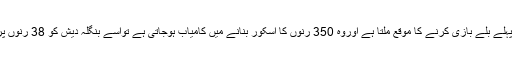
پاکستانی ٹیم کواگرپہلے بلے بازی کرنے کا موقع ملتا ہے اوروہ 350 رنوں کا اسکور بنانے میں کامیاب ہوجاتی ہے تواسے بنگلہ دیش کو 38 رنوں پرآل آوٹ کرنا ہوگا۔